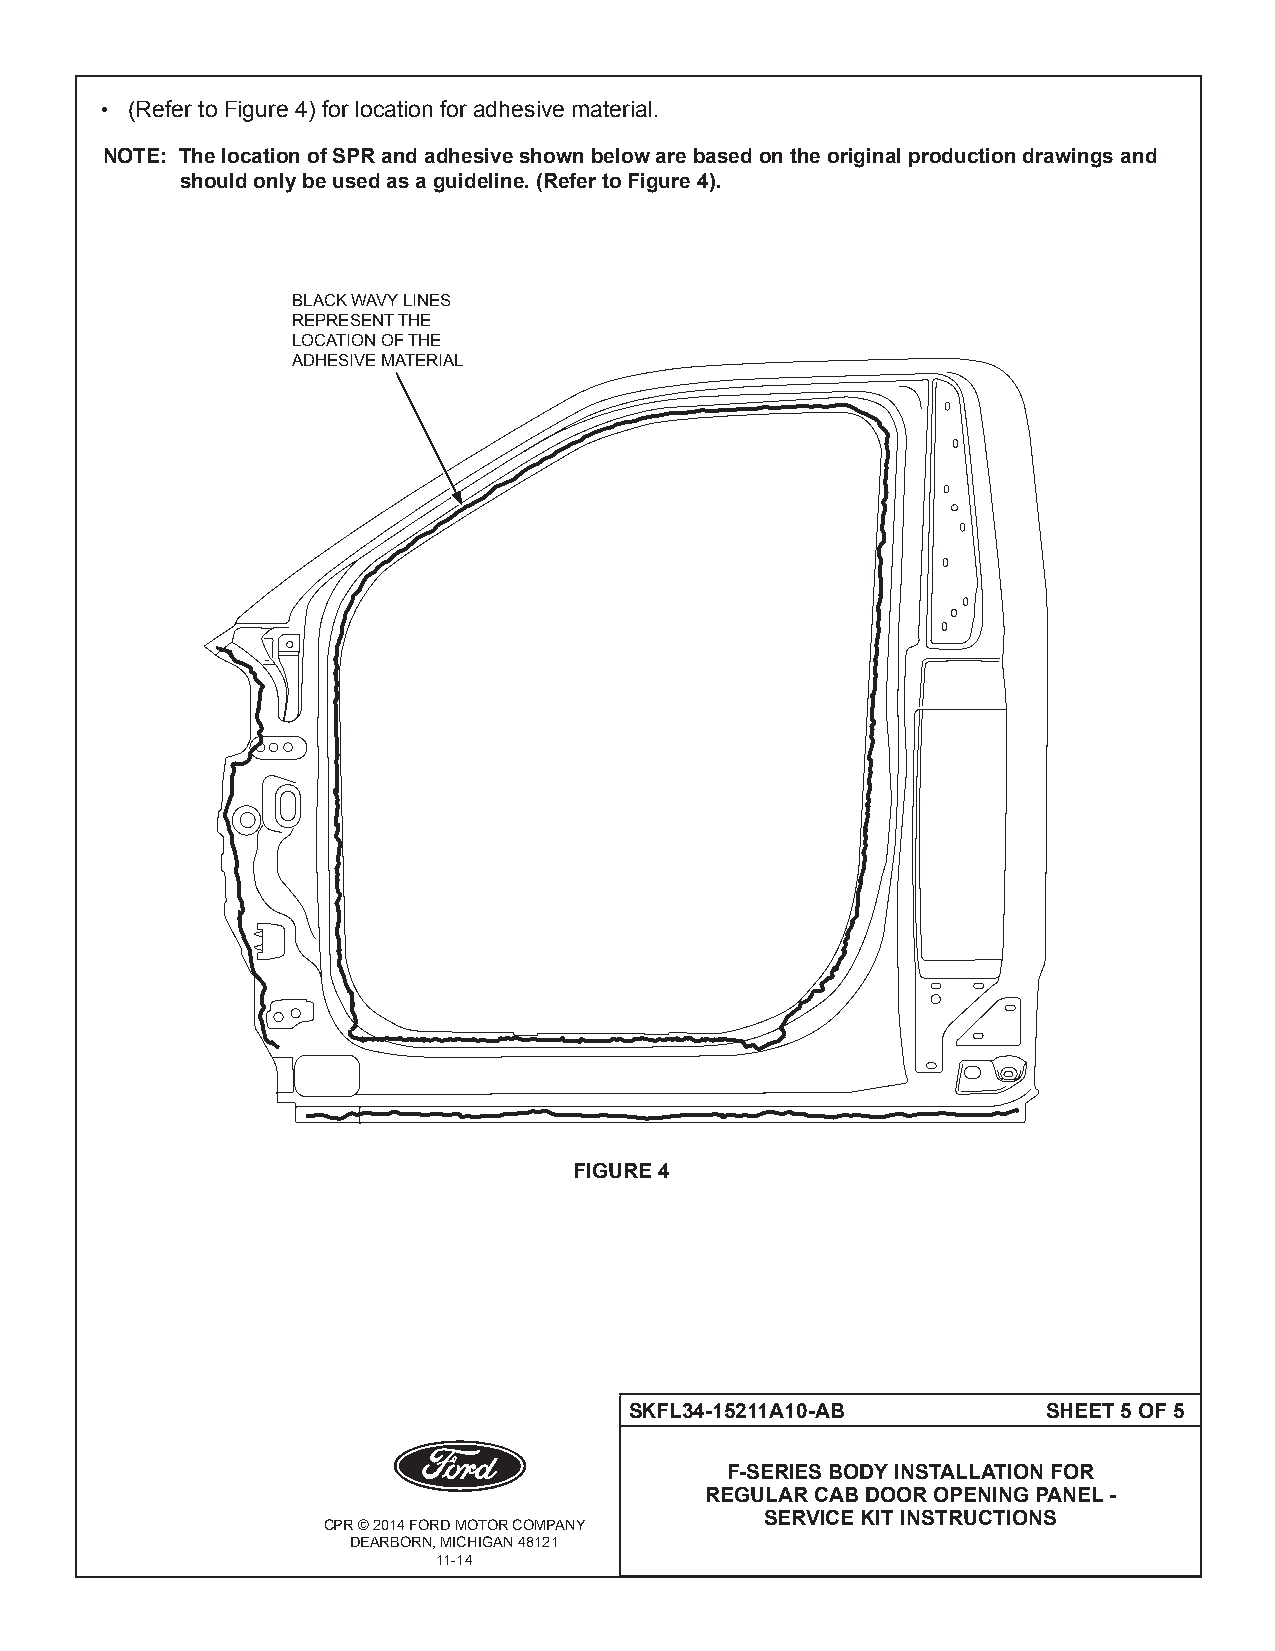
• (Refer to Figure 4) for location for adhesive material.
 NOTE: The location of SPR and adhesive shown below are based on the original production drawings and
 should only be used as a guideline. (Refer to Figure 4).
 BLACK WAVY LINES
 REPRESENT THE
 LOCATION OF THE
 ADHESIVE MATERIAL
 FIGURE 4
 SKFL34-15211A10-AB         SHEET 5 OF 5
 F-SERIES BODY INSTALLATION FOR
 REGULAR CAB DOOR OPENING PANEL -
 SERVICE KIT INSTRUCTIONS
 CPR © 2014 FORD MOTOR COMPANY
 DEARBORN, MICHIGAN 48121
 11-14